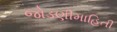
જોડણીમાહિતી